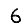
Digit: 6